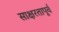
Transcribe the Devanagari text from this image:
साक्षरतापूर्व